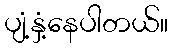
ပျံ့နှံ့နေပါတယ်။